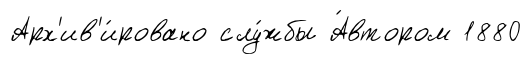
Арх'ив'и́ровано слу́жбы А́втором 1880